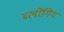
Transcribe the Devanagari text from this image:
ब्लोंगिंग